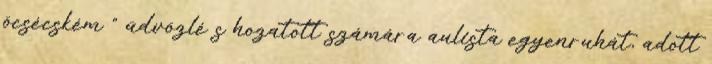
öcsécském " üdvözlé s hozatott számára aulista egyenruhát, adott